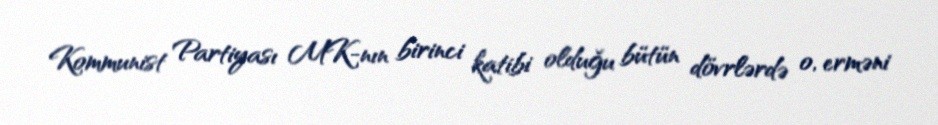
Kommunist Partiyası MK-nın birinci katibi olduğu bütün dövrlərdə o, erməni